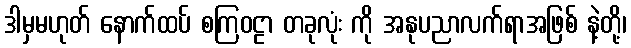
ဒါမှမဟုတ် နောက်ထပ် စကြဝဠာ တခုလုံး ကို အနုပညာလက်ရာအဖြစ် နဲ့တို့၊